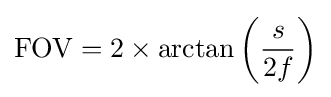
\mathrm {FOV} =2\times \arctan \left({\frac {s}{2f}}\right)